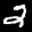
Label: 2